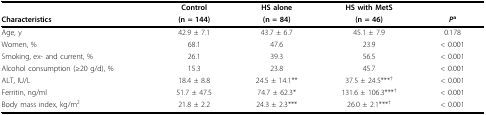
<table><thead><tr><td></td><td><b>Control</b></td><td><b>HS alone</b></td><td><b>HS with MetS</b></td><td></td></tr><tr><td><b>Characteristics</b></td><td><b>(n = 144)</b></td><td><b>(n = 84)</b></td><td><b>(n = 46)</b></td><td><b><i>P</i><sup>a</sup></b></td></tr></thead><tbody><tr><td>Age, y</td><td>42.9 ± 7.1</td><td>43.7 ± 6.7</td><td>45.1 ± 7.9</td><td>0.178</td></tr><tr><td>Women, %</td><td>68.1</td><td>47.6</td><td>23.9</td><td>&lt; 0.001</td></tr><tr><td>Smoking, ex- and current, %</td><td>26.1</td><td>39.3</td><td>56.5</td><td>&lt; 0.001</td></tr><tr><td>Alcohol consumption (≥20 g/d), %</td><td>15.3</td><td>23.8</td><td>45.7</td><td>&lt; 0.001</td></tr><tr><td>ALT, IU/L</td><td>18.4 ± 8.8</td><td>24.5 ± 14.1**</td><td>37.5 ± 24.5***<sup>†</sup></td><td>&lt; 0.001</td></tr><tr><td>Ferritin, ng/ml</td><td>51.7 ± 47.5</td><td>74.7 ± 62.3*</td><td>131.6 ± 106.3***<sup>†</sup></td><td>&lt; 0.001</td></tr><tr><td>Body mass index, kg/m<sup>2</sup></td><td>21.8 ± 2.2</td><td>24.3 ± 2.3***</td><td>26.0 ± 2.1***<sup>†</sup></td><td>&lt; 0.001</td></tr></tbody></table>